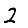
Digit: 2